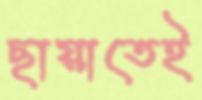
ছায়াতেই